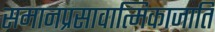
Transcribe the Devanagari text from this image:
समानप्रसावात्मिकाजाति